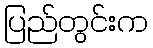
ပြည်တွင်းက